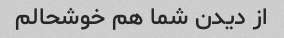
از دیدن شما هم خوشحالم